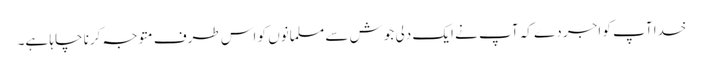
خدا آپ کو اجر دے کہ آپ نے ایک دلی جوش سے مسلمانوں کو اس طرف متوجہ کرنا چاہا ہے۔